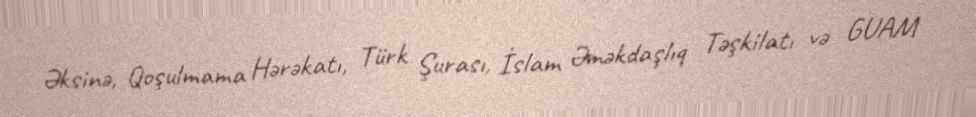
Əksinə, Qoşulmama Hərəkatı, Türk Şurası, İslam Əməkdaşlıq Təşkilatı və GUAM